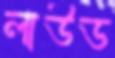
লাউড